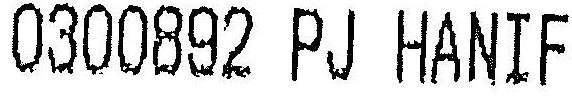
0300892 PJ HANIF